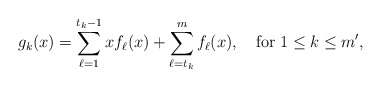
\begin{align*} g_{k}(x)=\sum_{\ell=1}^{t_{k}-1}xf_{\ell}(x)+\sum_{\ell=t_{k}}^{m}f_{\ell}(x),\quad\mathrm{for}\;1\le k\le m',\end{align*}